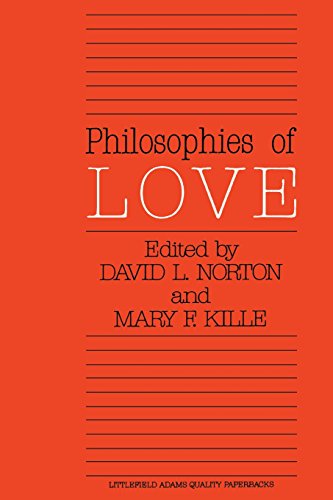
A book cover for Philosophies of Love; Politics & Social Sciences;